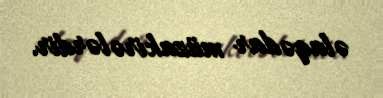
əlaqədar müzakirələrdir.